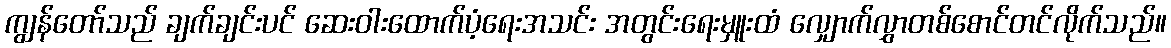
ကျွန်တော်သည် ချက်ချင်းပင် ဆေးဝါးထောက်ပံ့ရေးအသင်း အတွင်းရေးမှူးထံ လျှောက်လွှာတစ်စောင်တင်လိုက်သည်။